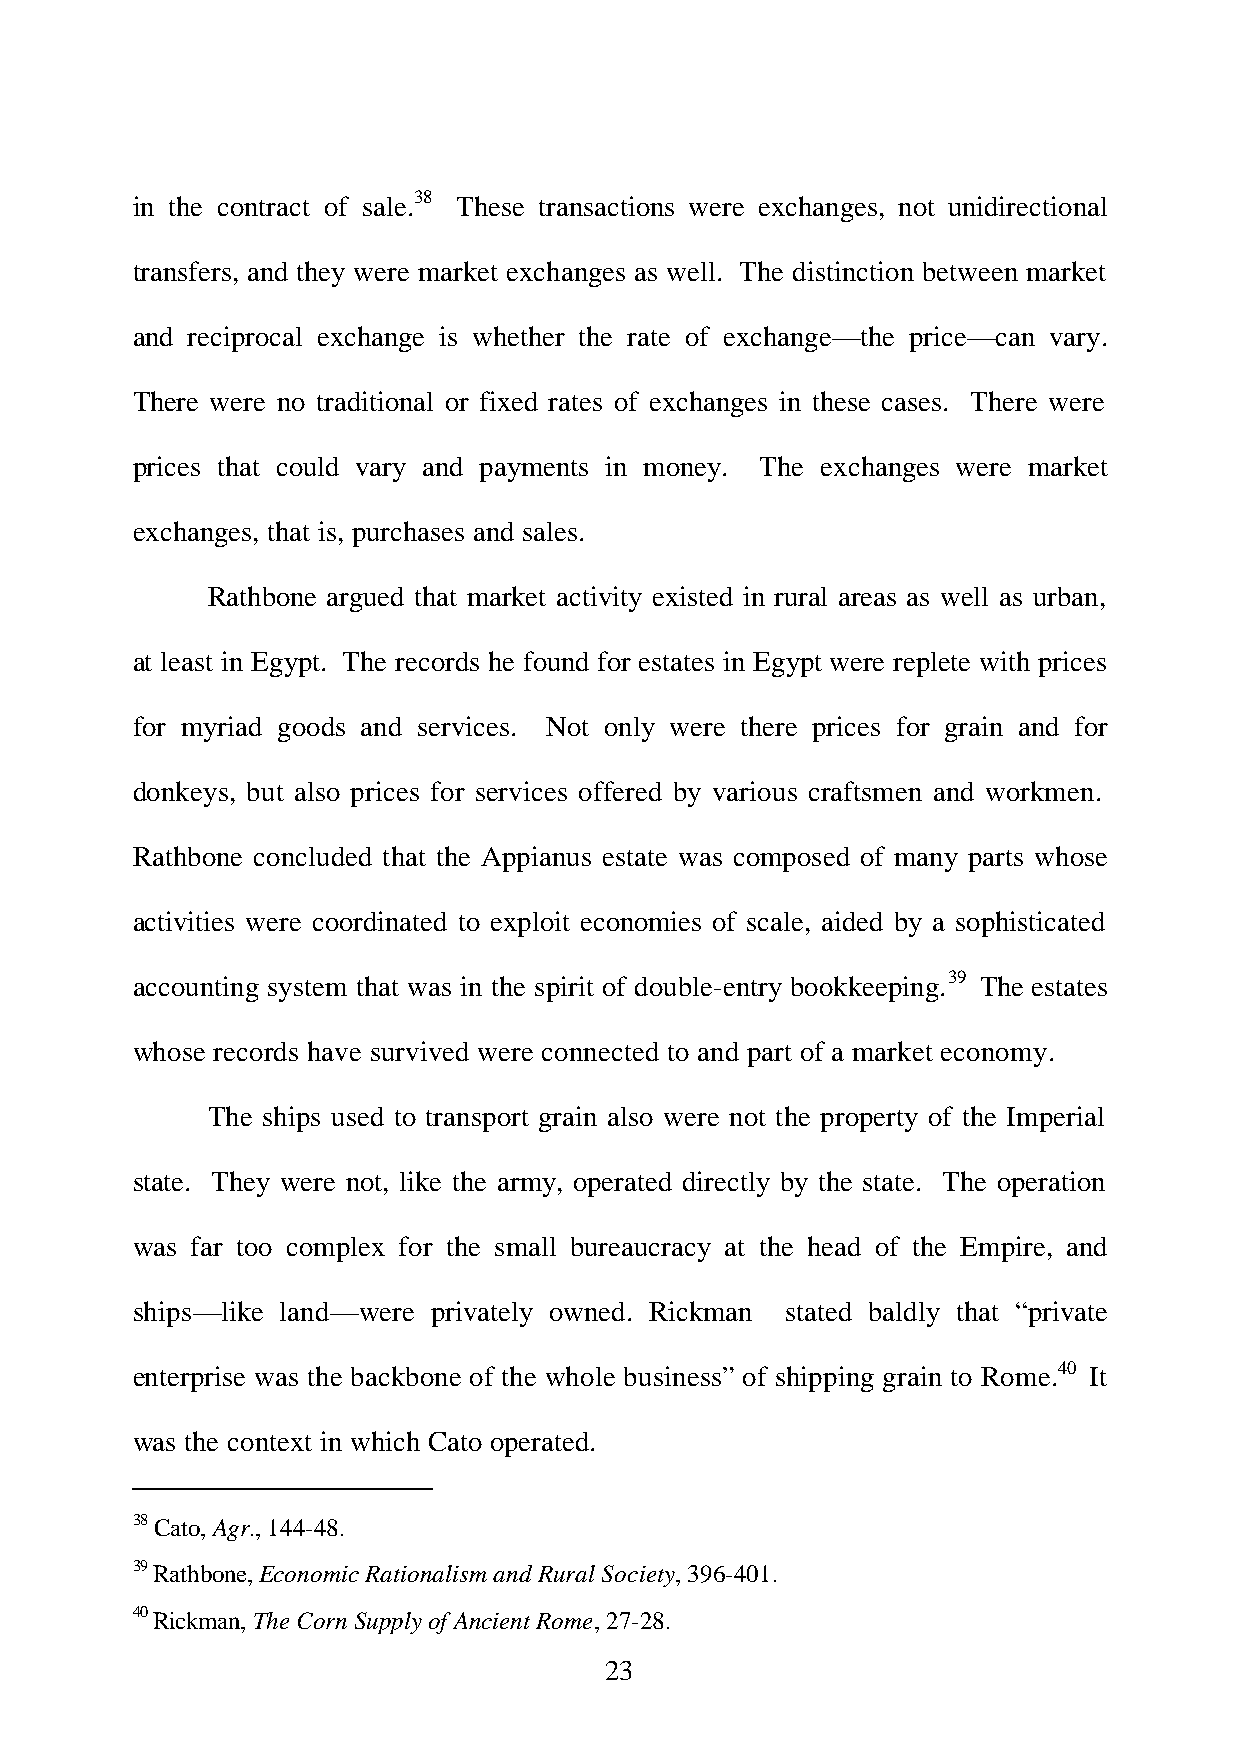
in the contract of sale.38 These transactions were exchanges, not unidirectional
 transfers, and they were market exchanges as well. The distinction between market
 and reciprocal exchange is whether the rate of exchange—the price—can vary.
 There were no traditional or fixed rates of exchanges in these cases. There were
 prices that could vary and payments in money. The exchanges were market
 exchanges, that is, purchases and sales.
 Rathbone argued that market activity existed in rural areas as well as urban,
 at least in Egypt. The records he found for estates in Egypt were replete with prices
 for myriad goods and services. Not only were there prices for grain and for
 donkeys, but also prices for services offered by various craftsmen and workmen.
 Rathbone concluded that the Appianus estate was composed of many parts whose
 activities were coordinated to exploit economies of scale, aided by a sophisticated
 accounting system that was in the spirit of double-entry bookkeeping.39 The estates
 whose records have survived were connected to and part of a market economy.
 The ships used to transport grain also were not the property of the Imperial
 state. They were not, like the army, operated directly by the state. The operation
 was far too complex for the small bureaucracy at the head of the Empire, and
 ships—like land—were privately owned. Rickman stated baldly that “private
 enterprise was the backbone of the whole business” of shipping grain to Rome.40 It
 was the context in which Cato operated.
 38 Cato, Agr., 144-48.
 39 Rathbone, Economic Rationalism and Rural Society, 396-401.
 40 Rickman, The Corn Supply of Ancient Rome, 27-28.
 23